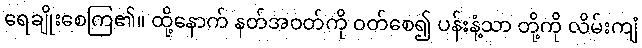
ရေချိုးစေကြ၏။ ထို့နောက် နတ်အဝတ်ကို ဝတ်စေ၍ ပန်းနံ့သာ တို့ကို လိမ်းကျံ